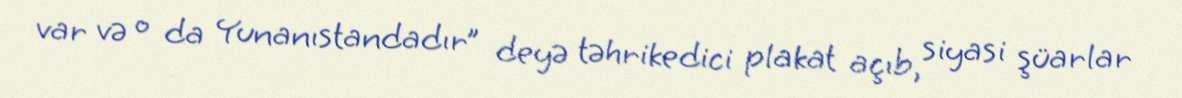
var və o da Yunanıstandadır” deyə təhrikedici plakat açıb, siyasi şüarlar